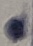
Text: 2